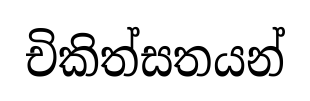
චිකිත්සතයන්